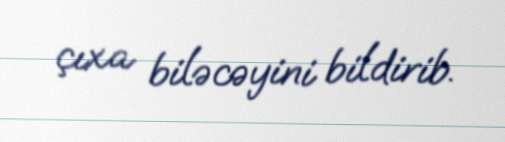
çıxa biləcəyini bildirib.